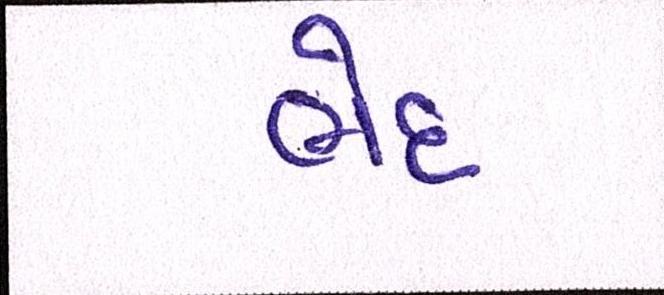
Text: ભેદ